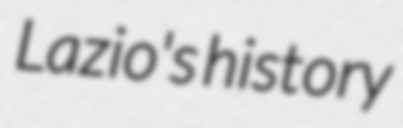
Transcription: Lazio's history